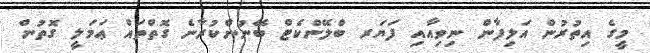
މީގެ އިތުރުން އަލިފާން ނިވިއާއި ފަޔަރ ބްލޭންކެޓް ބޭނުންކުރާނެ ގޮތްތައް ޢަމަލީ ގޮތުން